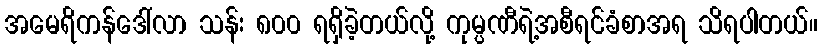
အမေရိကန်ဒေါ်လာ သန်း ၈၀၀ ရရှိခဲ့တယ်လို့ ကုမ္ပဏီရဲ့အစီရင်ခံစာအရ သိရပါတယ်။